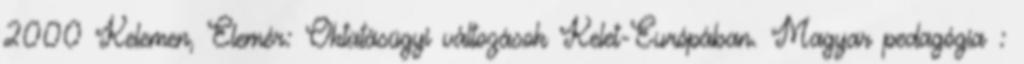
2000 Kelemen, Elemér: Oktatásügyi változások Kelet-Európában. Magyar pedagógia :